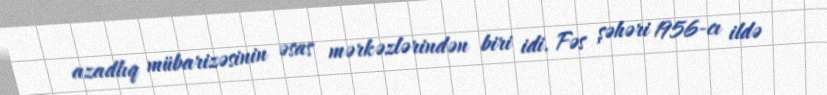
azadlıq mübarizəsinin əsas mərkəzlərindən biri idi. Fəs şəhəri 1956-cı ildə